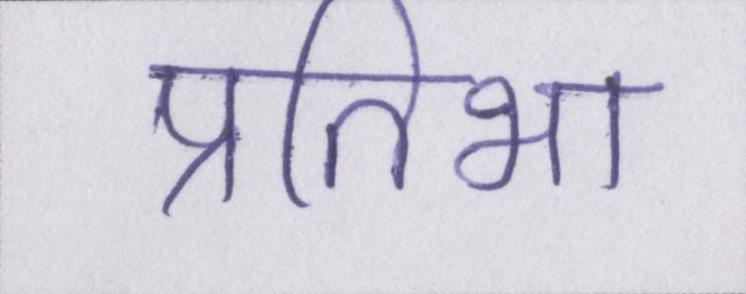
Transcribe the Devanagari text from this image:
प्रतिभा